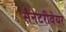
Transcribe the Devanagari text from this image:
सैनेटरीवेयर